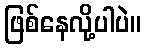
ဖြစ်နေလို့ပါပဲ။